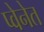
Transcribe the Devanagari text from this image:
प्वेनेत